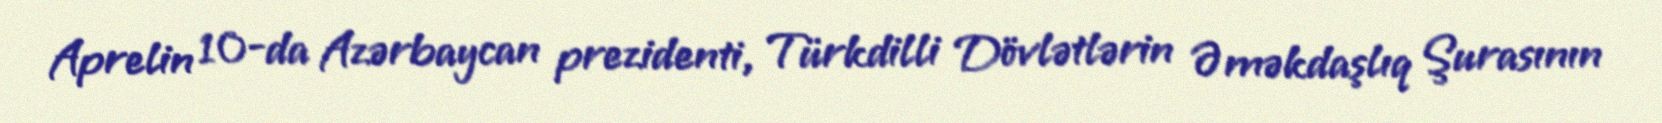
Aprelin 10-da Azərbaycan prezidenti, Türkdilli Dövlətlərin Əməkdaşlıq Şurasının